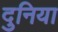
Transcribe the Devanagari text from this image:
दुनिया